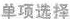
单项选择